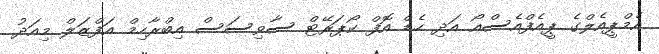
އެމްޕީއެލްގެ ޕީއެފްއެސްއޯ އަދި ހެޑް އޮފް ކޯޕަރޭޓް ސާވިސަސް އިބްރާހިމް އަފްޒަލް މިއަދު